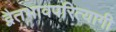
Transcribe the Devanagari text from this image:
द्वैतभावपरित्यागी